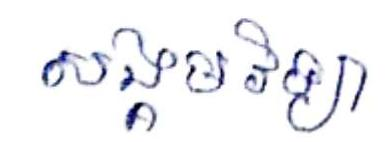
សង្គមវិទ្យា